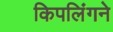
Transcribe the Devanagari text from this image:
किपलिंगने